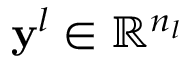
\mathbf { y } ^ { l } \in \mathbb { R } ^ { n _ { l } }